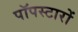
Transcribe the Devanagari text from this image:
पॉपस्टारों